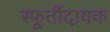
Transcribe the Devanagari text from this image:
स्फूर्तीदायक